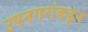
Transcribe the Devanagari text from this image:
उपनगरांकडून